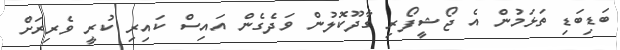
ބަޑިބަޑި ތަޅަމުން އެ ޖޯޝީފޯރި ގާދޫކޮލުން ވަދެގެން އައިސް ކައިރި ކުރީ ވެރިރަށް